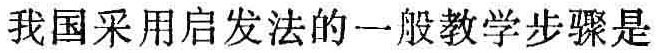
我国采用启发法的一般教学步骤是